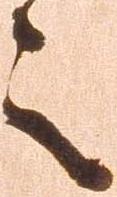
之